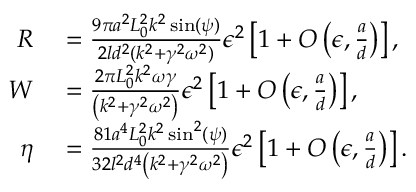
\begin{array} { r l } { R } & { { } = \frac { 9 \pi a ^ { 2 } L _ { 0 } ^ { 2 } k ^ { 2 } \sin ( \psi ) } { 2 l d ^ { 2 } ( k ^ { 2 } + \gamma ^ { 2 } \omega ^ { 2 } ) } \epsilon ^ { 2 } \left[ 1 + O \left( \epsilon , \frac { a } { d } \right) \right] , } \\ { W } & { { } = \frac { 2 \pi L _ { 0 } ^ { 2 } k ^ { 2 } \omega \gamma } { \left( k ^ { 2 } + \gamma ^ { 2 } \omega ^ { 2 } \right) } \epsilon ^ { 2 } \left[ 1 + O \left( \epsilon , \frac { a } { d } \right) \right] , } \\ { \eta } & { { } = \frac { 8 1 a ^ { 4 } L _ { 0 } ^ { 2 } k ^ { 2 } \sin ^ { 2 } ( \psi ) } { 3 2 l ^ { 2 } d ^ { 4 } \left( k ^ { 2 } + \gamma ^ { 2 } \omega ^ { 2 } \right) } \epsilon ^ { 2 } \left[ 1 + O \left( \epsilon , \frac { a } { d } \right) \right] . } \end{array}